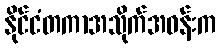
နိုင်ငံတကာအသိုက်အဝန်းက